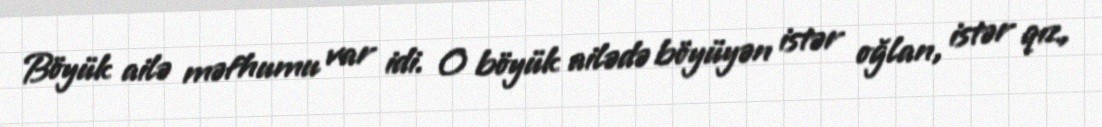
Böyük ailə məfhumu var idi. O böyük ailədə böyüyən istər oğlan, istər qız,